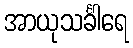
အာယုသင်္ခါရေ